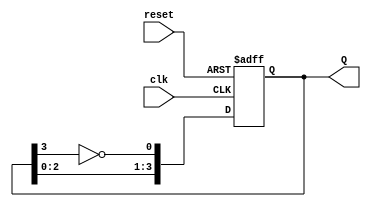
module johnson_counter (
    input wire clk,         // Clock input
    input wire reset,       // Asynchronous reset input
    output reg [3:0] Q      // 4-bit output
);

// Johnson counter behavior
always @(posedge clk or posedge reset) begin
    if (reset) begin
        Q <= 4'b0000;       // Initialize to all zeros on reset
    end else begin
        Q <= {Q[2:0], ~Q[3]}; // Shift right and feed inverted last bit to first flip-flop
    end
end

endmodule